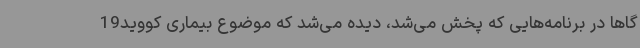
گاها در برنامه‌هایی که پخش می‌شد، دیده می‌شد که موضوع بیماری کووید19